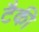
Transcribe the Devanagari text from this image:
टैकी